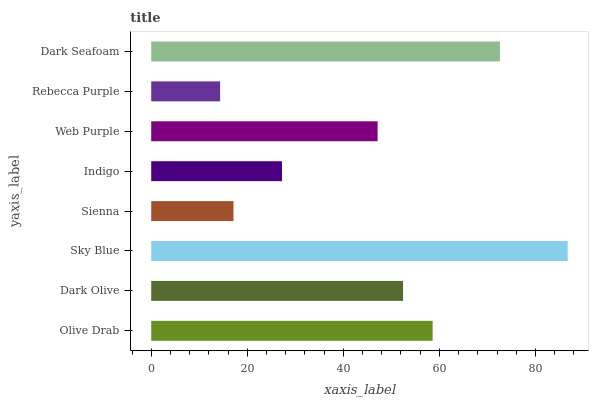
| yaxis_label | bars |
 | --- | --- |
 | Olive Drab | 58.6 |
 | Dark Olive | 52.4 |
 | Sky Blue | 86.7 |
 | Sienna | 17.1 |
 | Indigo | 27.2 |
 | Web Purple | 47.1 |
 | Rebecca Purple | 14.3 |
 | Dark Seafoam | 72.6 |